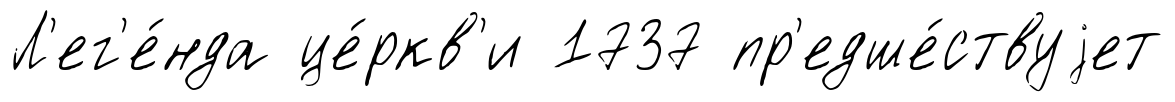
Л'ег'е́нда це́ркв'и 1737 пр'едше́ствуjет